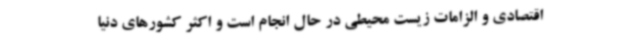
اقتصادی و الزامات زیست محیطی در حال انجام است و اکثر کشورهای دنیا